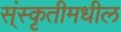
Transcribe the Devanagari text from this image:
स्ंस्कृतीमधील